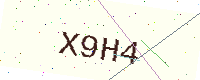
Text: X9H4